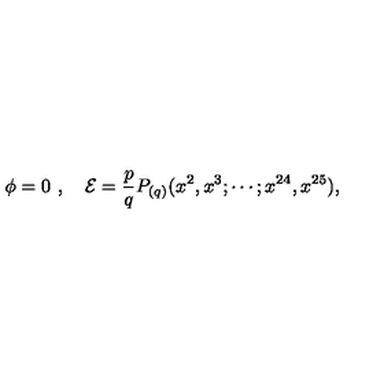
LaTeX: \phi = 0 \ , \quad \mathcal { E } = \frac { p } { q } P _ { ( q ) } ( x ^ { 2 } , x ^ { 3 } ; \cdots ; x ^ { 2 4 } , x ^ { 2 5 } ) ,